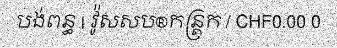
បង់ពន្ធ | វ៉ូសសប®កន្ត្រក / CHF0.00 0